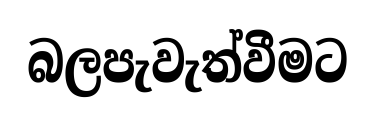
බලපැවැත්වීමට